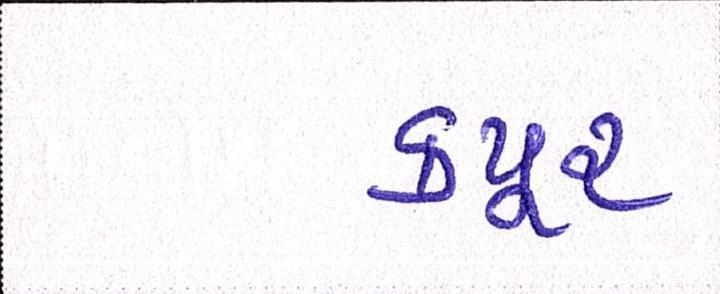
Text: કપૂર